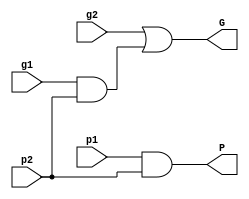
`timescale 1ns / 1ps
//////////////////////////////////////////////////////////////////////////////////
// Company: 
// Engineer: 
// 
// Design Name: 
// Module Name:    BlackCell 
// Project Name: 
// Target Devices: 
// Tool versions: 
// Description: 
//
// Dependencies: 
//
// Revision: 
// Revision 0.01 - File Created
// Additional Comments: 
//
//////////////////////////////////////////////////////////////////////////////////
module BlackCell(g2,p2,g1,p1,G,P);

input  g1,p1,g2,p2;
output G,P;

assign G = ( g2 | (g1&p2));
assign P = p1&p2;

endmodule